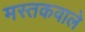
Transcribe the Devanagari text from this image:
मस्तकवाले